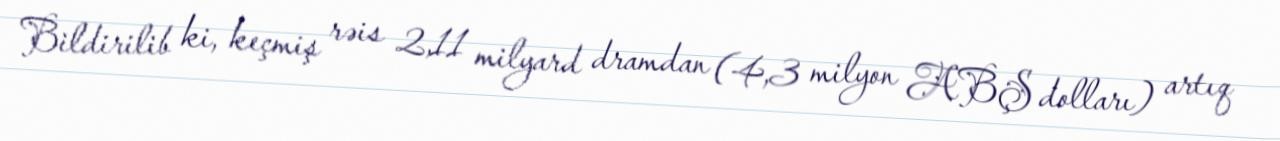
Bildirilib ki, keçmiş rəis 2,11 milyard dramdan (4,3 milyon ABŞ dolları) artıq